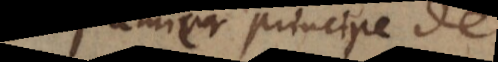
premier principe de